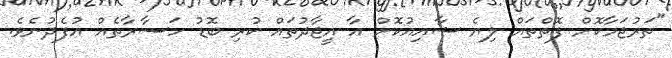
"ތަރުޖަމާކޮށް ފޮތްތައް ލިޔެ ޝާއިއުކޮށް އާ އީޖާދުތައް ކުރި ބޮޑު ހަޟާރާތެއް އުފެދުނެވެ.